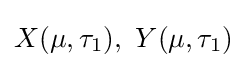
X(\mu ,\tau _{1}),\ Y(\mu ,\tau _{1})